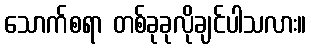
သောက်စရာ တစ်ခုခုလိုချင်ပါသလား။